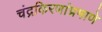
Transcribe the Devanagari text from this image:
चंद्रकिरणांप्रमाणे